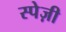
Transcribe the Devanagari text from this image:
स्पेज़ी